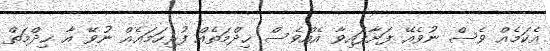
އެކަމެއް ވެސް ނުވެއޭ ފަށާފައިވާ އެއްވެސް ޚިދްމަތެއް ފުރިހަމައެއް ނުވޭ އާ ޚިދްމަތް